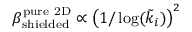
\beta _ { \mathrm { s h i e l d e d } } ^ { \mathrm { p u r e ~ 2 D } } \propto \left( 1 / \log ( \tilde { k } _ { i } ) \right) ^ { 2 }